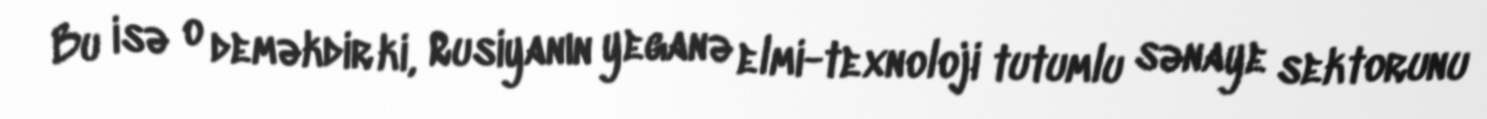
Bu isə o deməkdir ki, Rusiyanın yeganə elmi-texnoloji tutumlu sənaye sektorunu